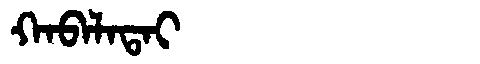
Manchu: ᡴᠠᠪᠠᠯᠠᡨᠠᡳ
Romanization: KABALATAI